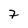
Character: 7